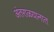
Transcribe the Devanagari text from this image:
अंतराळयानात